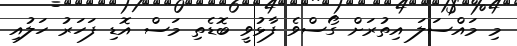
މި މައްސަލަ އިތުރަށް ގޯސްވެ ފާޅުވީ ބޮޑެތި މަސް އޮޑި ފަހަރު ހަލުއި